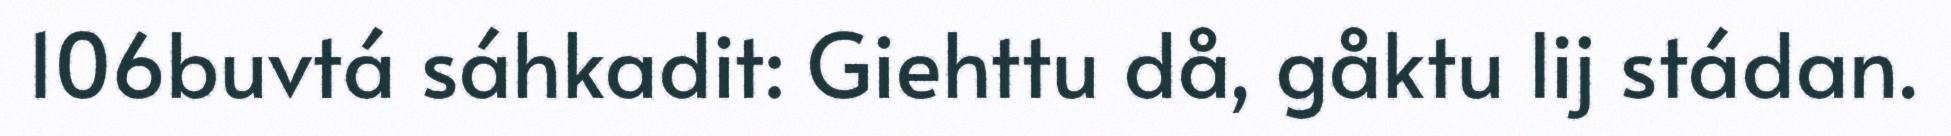
106buvtá sáhkadit: Giehttu då, gåktu lij stádan.